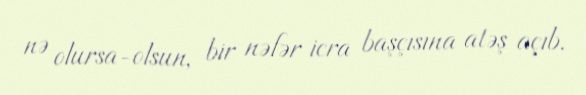
nə olursa-olsun, bir nəfər icra başçısına atəş açıb.